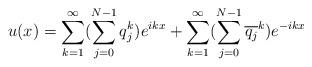
LaTeX: \begin{align*}u(x) = \sum_{k=1}^{\infty} (\sum_{j = 0}^{N-1} q_j^k ) e^{ikx} + \sum_{k=1}^{\infty} (\sum_{j = 0}^{N-1} \overline{q_j}^k) e^{- ikx} \end{align*}